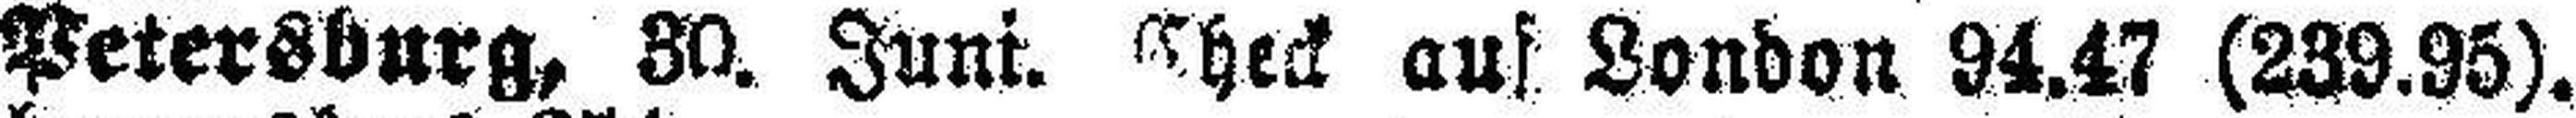
Petersburg, 30. Juni. Check auf London 94.47 (239.95),